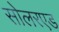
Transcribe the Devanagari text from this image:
सोलरएड